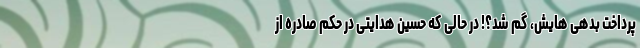
پرداخت بدهی هایش، گم شد؟! در حالی که حسین هدایتی در حکم صادره از